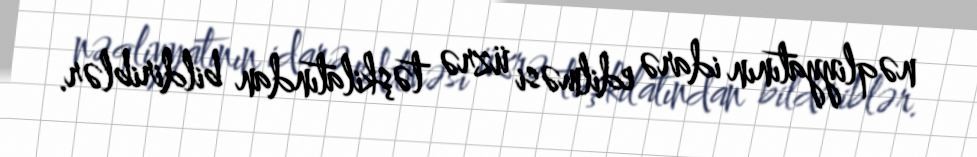
nəqliyyatının idarə edilməsi üzrə təşkilatından bildiriblər.